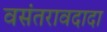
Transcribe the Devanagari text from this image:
वसंतरावदादा